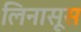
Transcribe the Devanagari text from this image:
लिनासूस